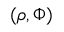
( \rho , \Phi )